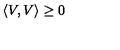
\left\langle V , V \right\rangle \geq 0